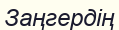
Заңгердің